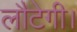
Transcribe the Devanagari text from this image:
लौटेगी।